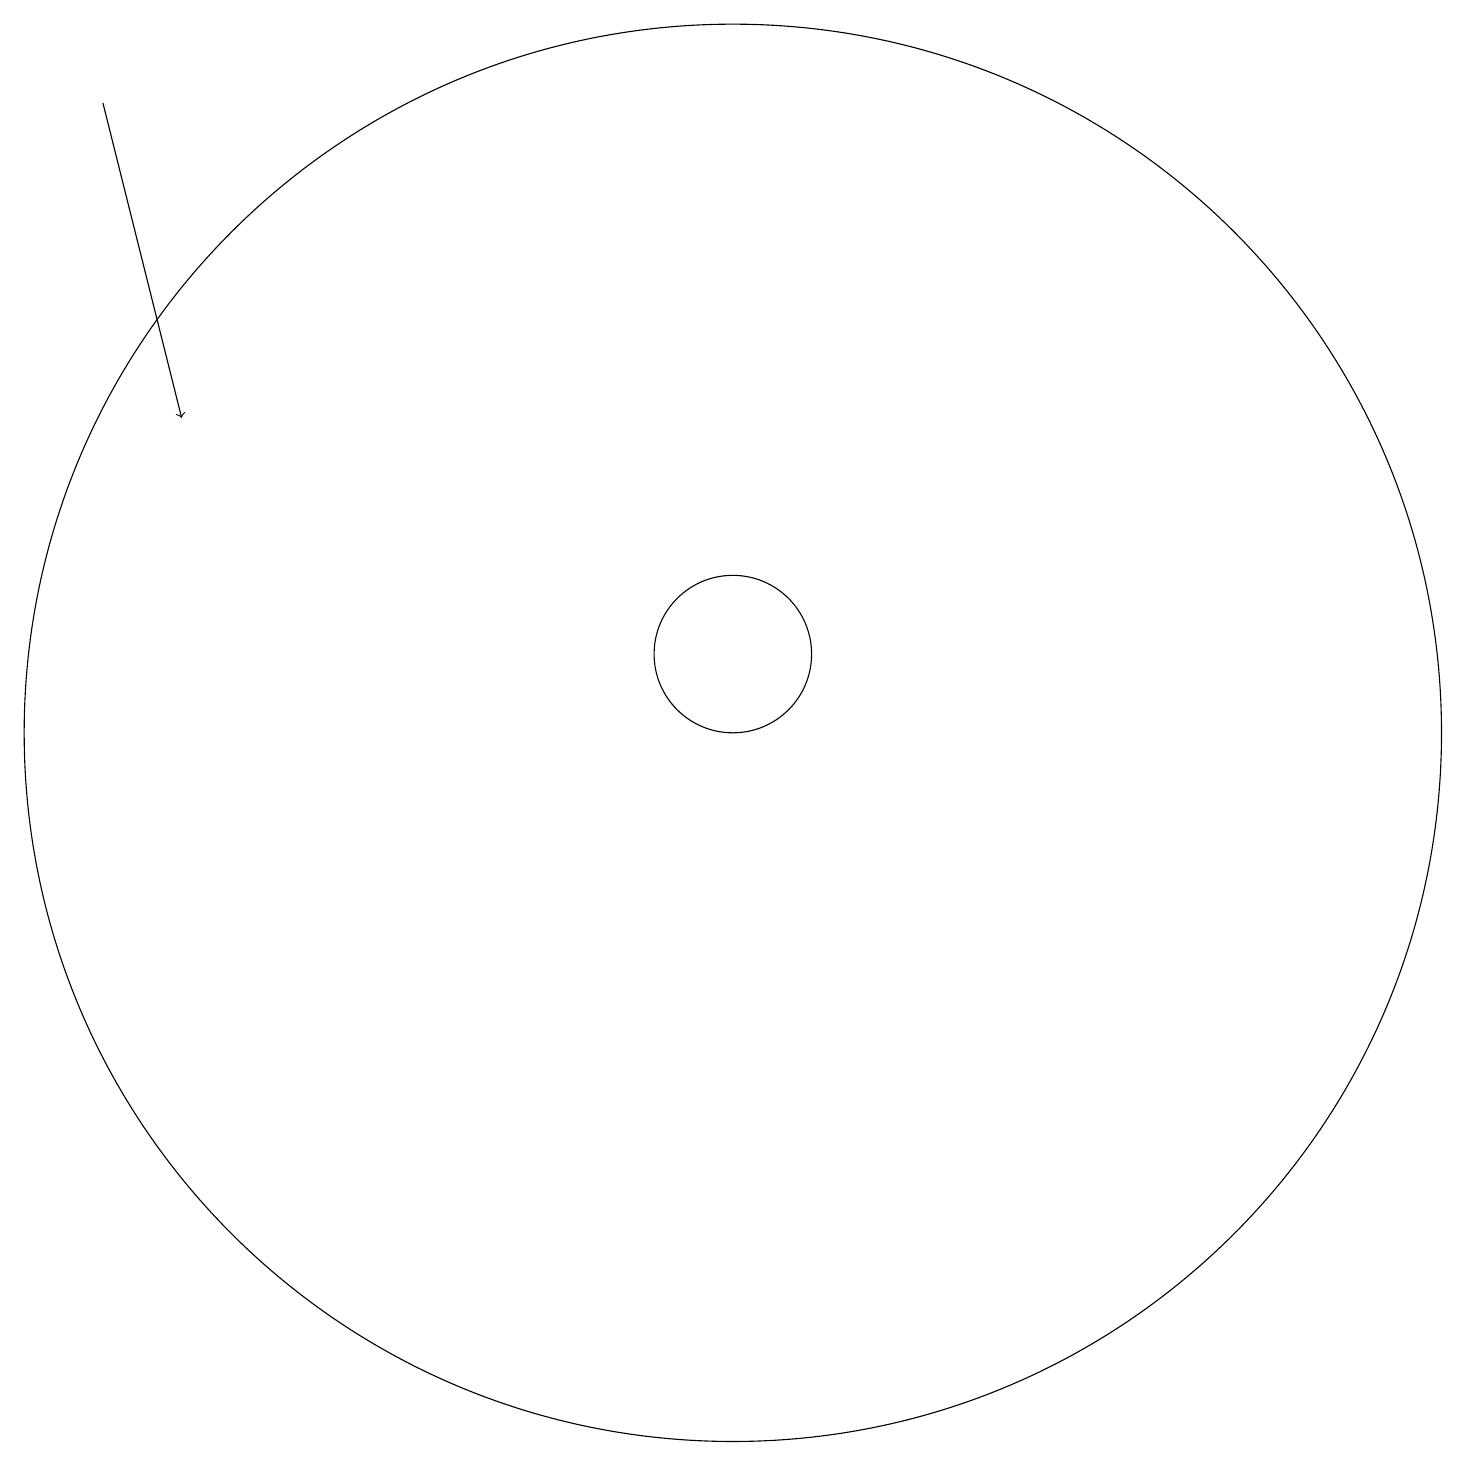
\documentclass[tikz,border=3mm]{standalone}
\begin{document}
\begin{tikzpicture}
\draw[->] (2,19) -- (3,15);
\draw (10,11) circle (9);
\draw (10,12) circle (1);
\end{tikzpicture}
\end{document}